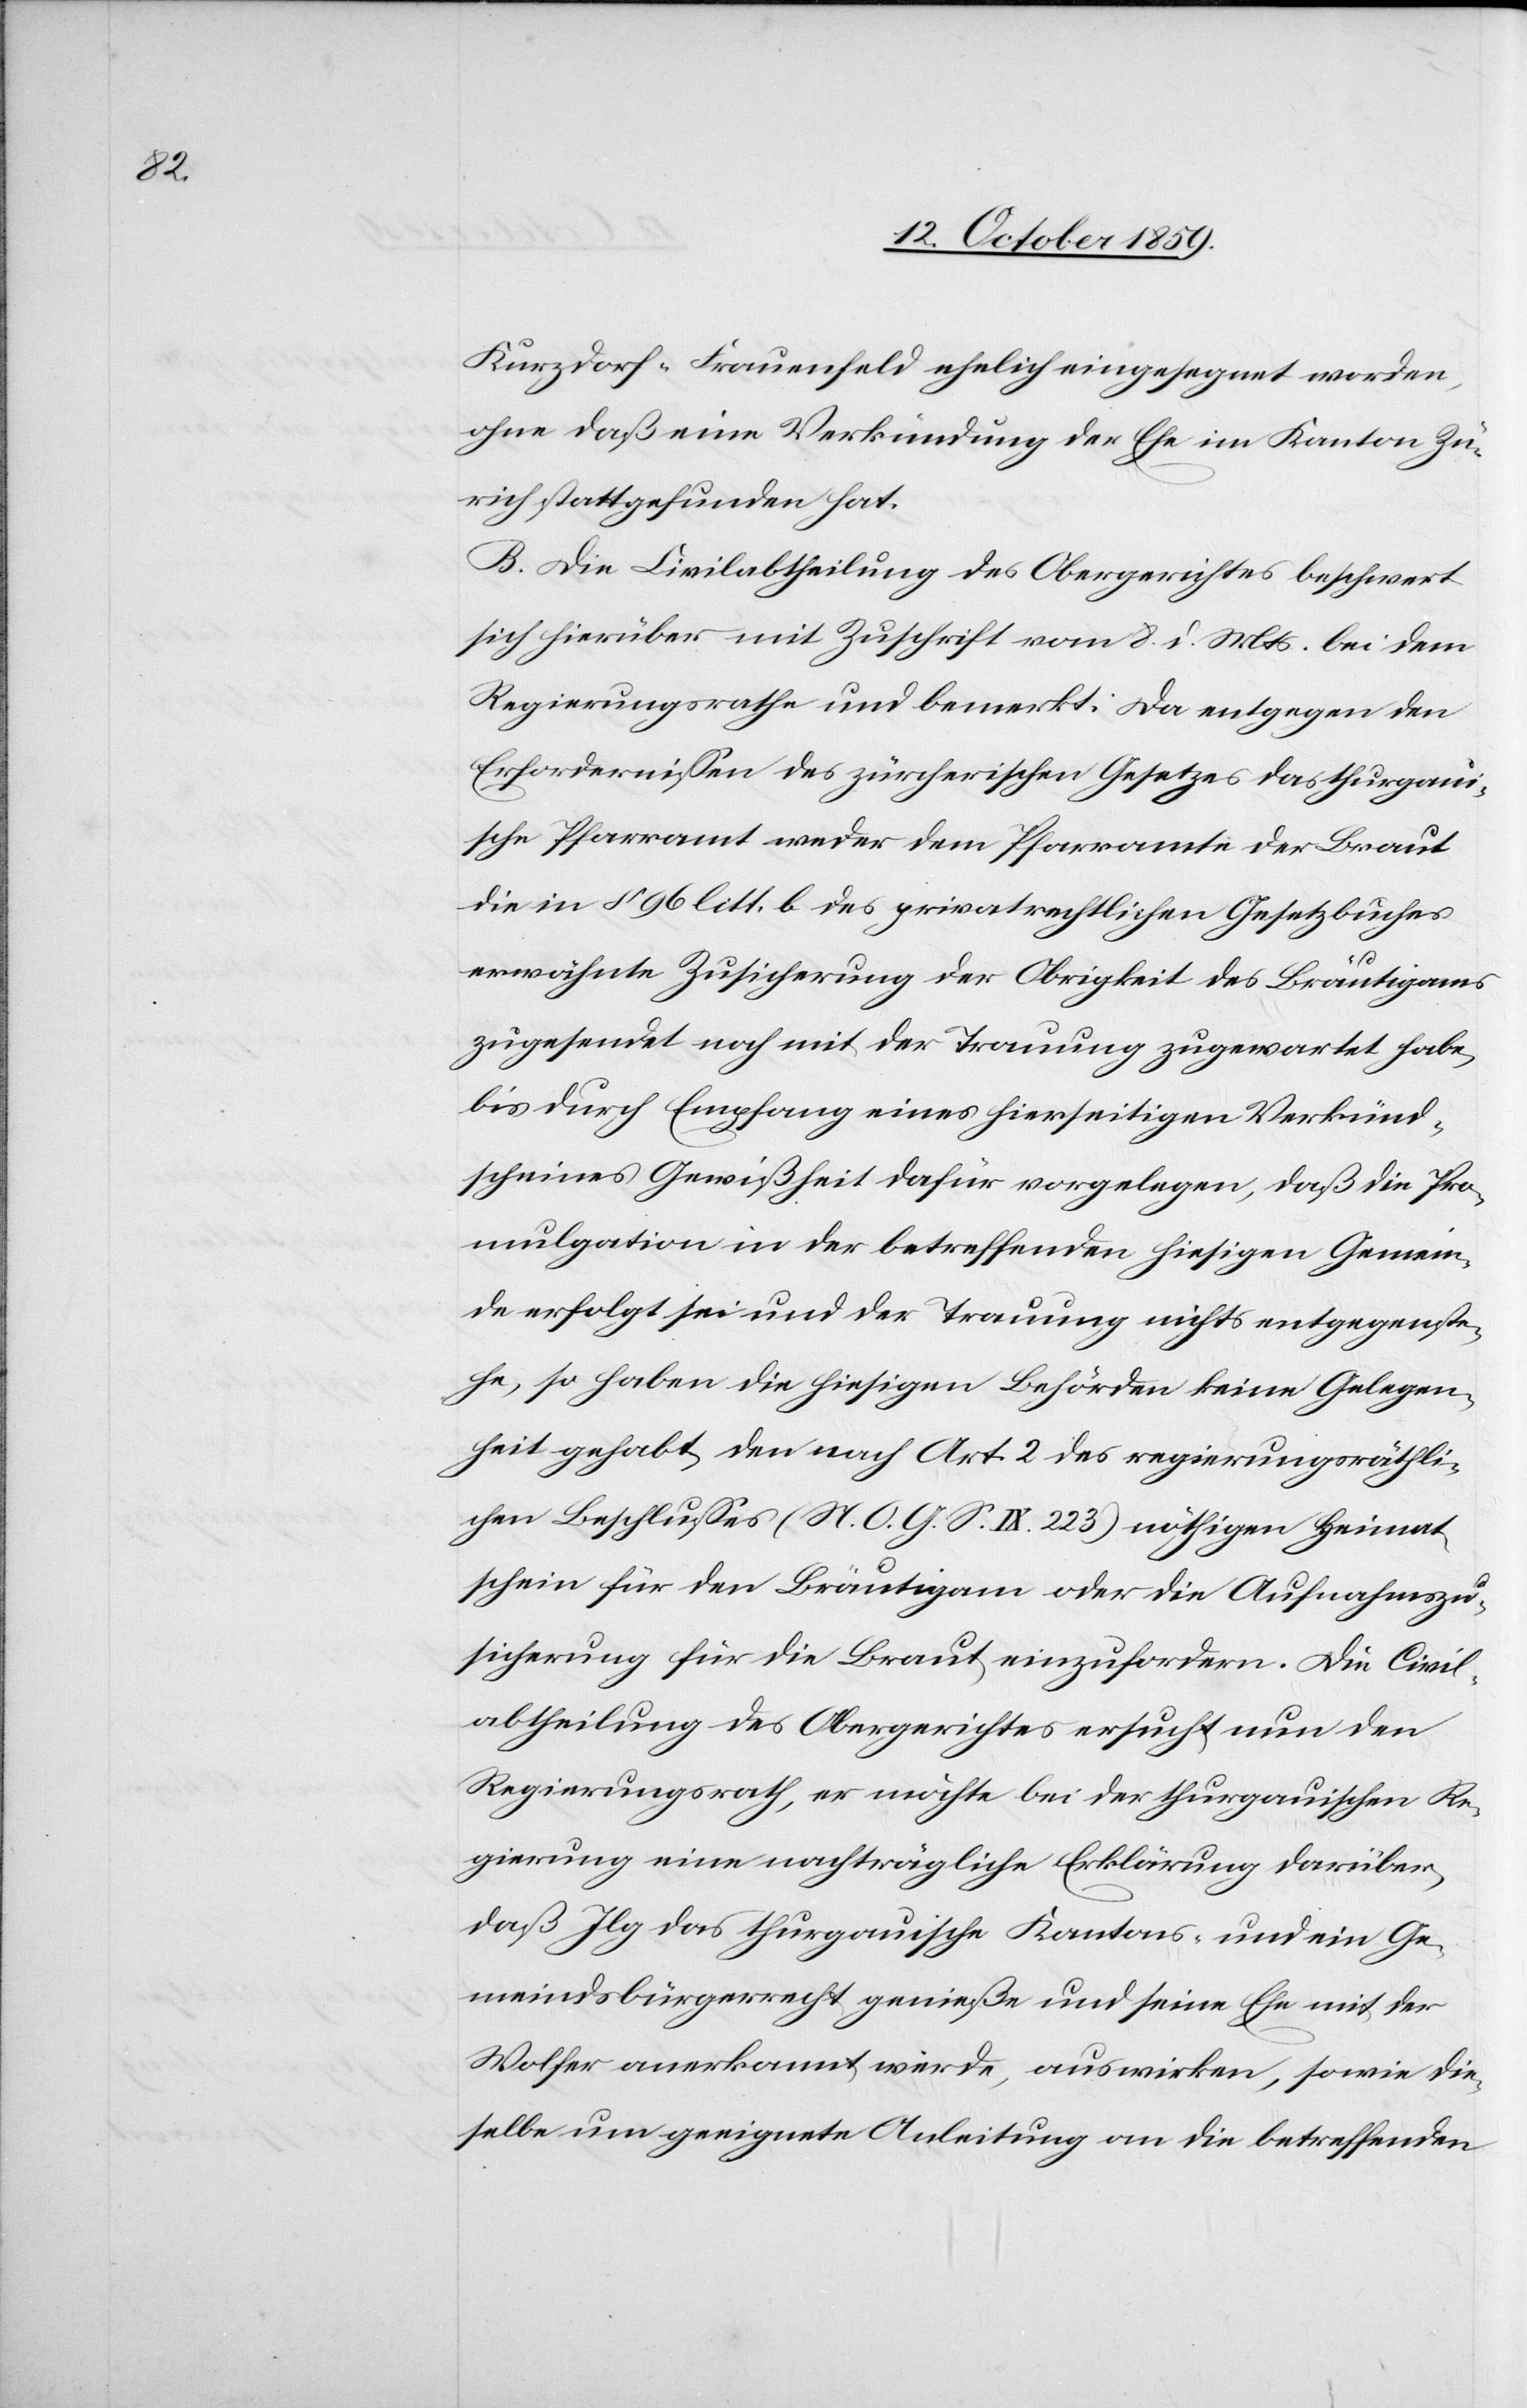
Civil¬

Kurzdorf-Frauenfeld ehelich eingesegnet worden,
ohne daß eine Verkündung der Ehe im Kanton Zü¬
rich stattgefunden hat.
B. Die Civilabtheilung des Obergerichtes beschwert
sich hierüber mit Zuschrift vom 8. d. Mts. bei dem
Regierungsrathe und bemerkt: Da entgegen den
Erfordernissen des zürcherischen Gesetzes das thurgaui¬
sche Pfarramt weder dem Pfarramte der Braut
die in § 96 litt. b des privatrechtlichen Gesetzbuches
erwähnte Zusicherung der Obrigkeit des Bräutigams
zugesendet noch mit der Trauung zugewartet habe,
bis durch Empfang eines hierseitigen Verkünd¬
scheines Gewißheit dafür vorgelegen, daß die Pro¬
mulgation in der betreffenden hiesigen Gemein¬
de erfolgt sei und der Trauung nichts entgegenste¬
he, so haben die hiesigen Behörden keine Gelegen¬
heit gehabt, den nach Art. 2 des regierungsräthli¬
chen Beschlusses (N. O. G. S. IX. 223) nöthigen Heimats¬
abtheilung des Obergerichtes ersucht nun den
Regierungsrath, er möchte bei der thurgauischen Re¬
gierung eine nachträgliche Erklärung darüber,
daß Jlg das thurgauische Kantons- und ein Ge¬
meindsbürgerrecht genieße und seine Ehe mit der
Wolfer anerkannt werde, auswirken, sowie die¬
selbe um geeignete Anleitung an die betreffenden